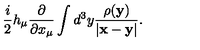
\frac { i } { 2 } h _ { \mu } \frac { \partial } { \partial x _ { \mu } } \int d ^ { 3 } y \frac { \rho ( { \bf y } ) } { | { \bf x } - { \bf y } | } .